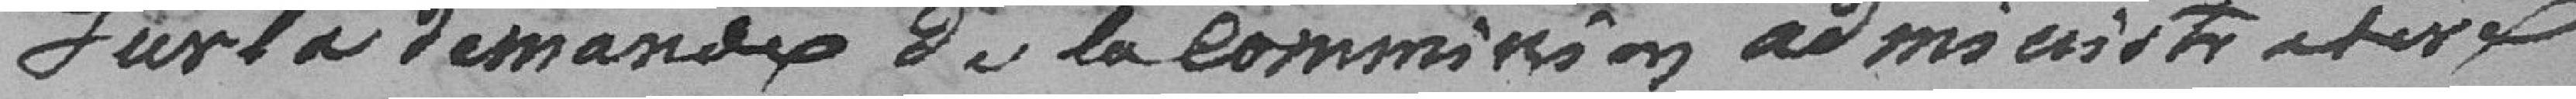
Sur la demande de la Commission administrative